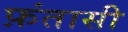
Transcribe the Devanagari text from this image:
फ़ंतासी